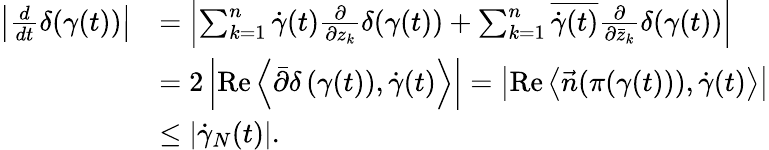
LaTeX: \begin{array}{rl}{\left|\frac{d}{dt}\delta(\gamma(t))\right|}&{=\left|\sum_{k=1}^{n}\dot{\gamma}(t)\frac{\partial}{\partial z_{k}}\delta(\gamma(t))+\sum_{k=1}^{n}\overline{{\dot{\gamma}(t)}}\frac{\partial}{\partial\bar{z}_{k}}\delta(\gamma(t))\right|}\\ &{=2\left|\operatorname{Re}\left\langle\bar{\partial}\delta\left(\gamma(t)\right),\dot{\gamma}(t)\right\rangle\right|=\left|\operatorname{Re}\left\langle\vec{n}(\pi(\gamma(t))),\dot{\gamma}(t)\right\rangle\right|}\\ &{\leq\left|\dot{\gamma}_{N}(t)\right|.}\end{array}